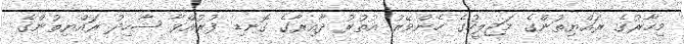
މިހާރުގެ ރައްޔިތުންގެ މަޖިލީހުގެ ހެންވޭރު އުތުރު ދާއިރާގެ ގޮނޑި ފުރުއްވާ ޝާހިދު ރައްޔިތުންގެ